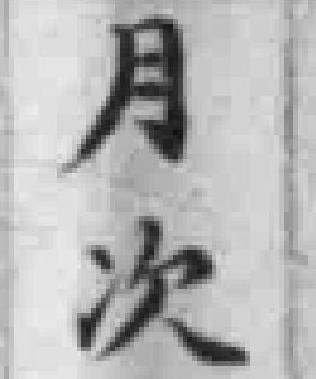
月次